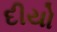
દીયો